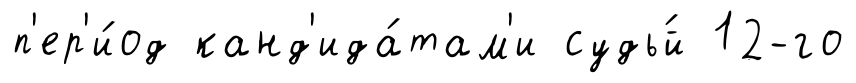
п'ер'и́од канд'ида́там'и судь́й 12-го